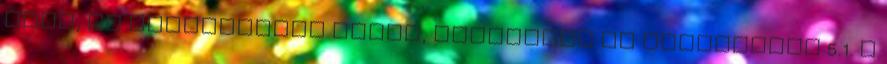
köre, az adatkezelés célja, jogalapja és időtartama 5.1. A